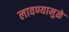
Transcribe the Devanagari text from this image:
लावण्यामुळे